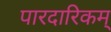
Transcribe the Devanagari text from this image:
पारदारिकम्